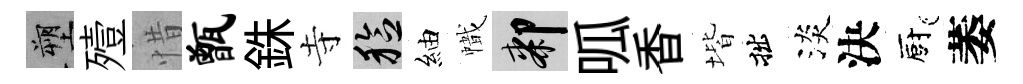
塑殪惜甑銖寺稔紬幟膝呱香堦拙淡決廚萎